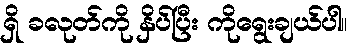
ရှိ ခလုတ်ကို နှိပ်ပြီး ကိုရွေးချယ်ပါ။